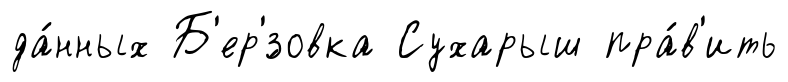
да́нных Б'ер'́зовка Сухарыш пра́в'ить